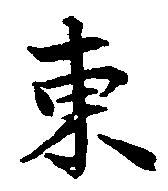
東